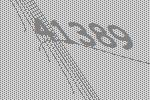
41389